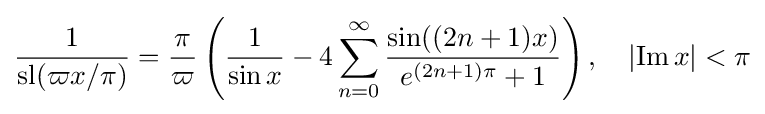
{\frac {1}{\operatorname {sl} (\varpi x/\pi )}}={\frac {\pi }{\varpi }}\left({\frac {1}{\sin x}}-4\sum _{n=0}^{\infty }{\frac {\sin((2n+1)x)}{e^{(2n+1)\pi }+1}}\right),\quad \left|\operatorname {Im} x\right|<\pi